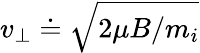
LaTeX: v_{\perp}\doteq\sqrt{2\mu B/m_{i}}